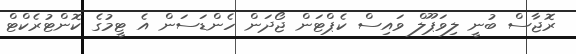
ރޮޖާސް ބުނީ ލިވަޕޫލް ވައިސް ކެޕްޓަން ޖޯދަން ހެންޑަސަން އެ ޓީމުގެ ކޮންޓުރެކްޓް